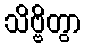
သိဗ္ဗိတွာ